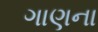
ગાણના